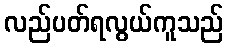
လည်ပတ်ရလွယ်ကူသည်